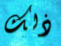
ذلك